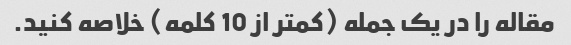
مقاله را در یک جمله (کمتر از 10 کلمه) خلاصه کنید.